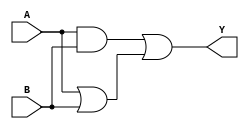
module xor_gate (input A, input B, output Y);

    wire nMOS_out, pMOS_out;
    
    assign nMOS_out = A & B; // nMOS transistors in parallel
    assign pMOS_out = A | B; // pMOS transistors in series
    
    assign Y = nMOS_out | pMOS_out; // XOR gate output
    
endmodule